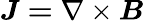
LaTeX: \boldsymbol{J=}\nabla\times\boldsymbol{B}